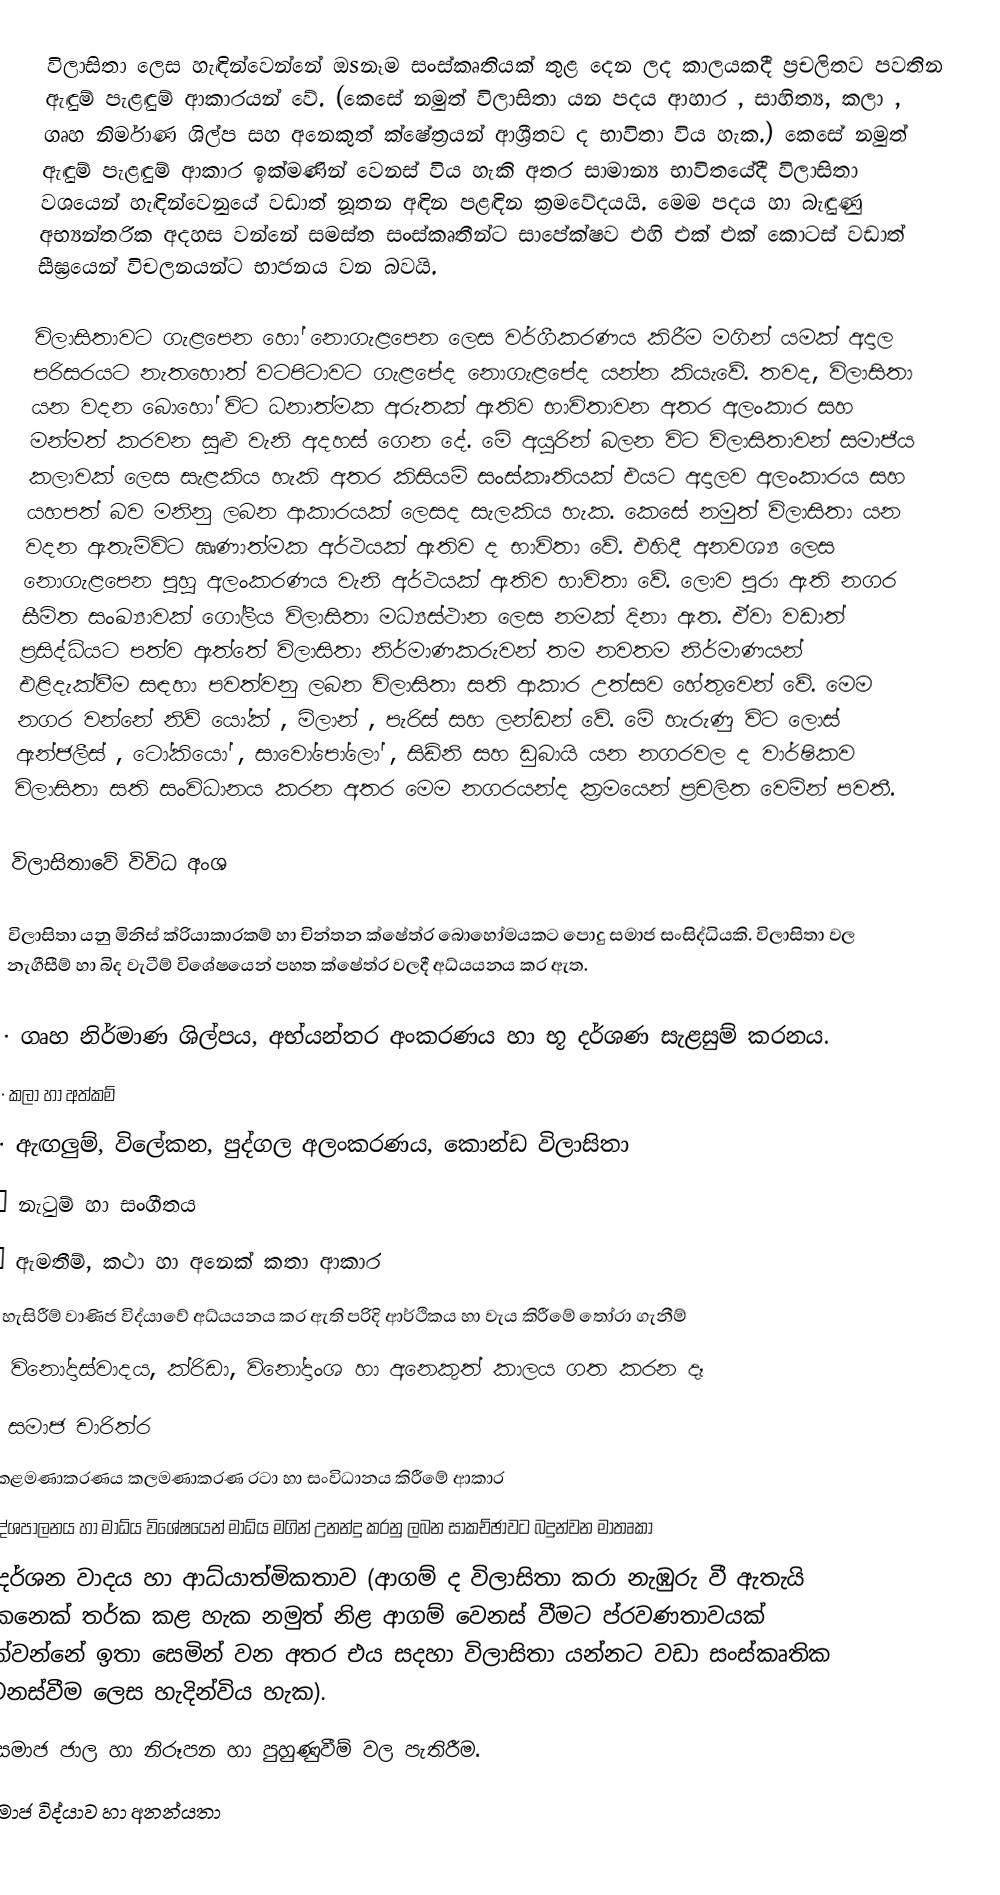
විලාසිතා ලෙස හැඳින්වෙන්නේ ඔsනෑම සංස්කෘතියක් තුළ දෙන ලද කාලයකදී ප්‍රචලිතව පවතින ඇඳුම් පැළඳුම් ආකාරයන් වේ. (කෙසේ නමුත් විලාසිතා යන පදය ආහාර , සාහිත්‍ය, කලා , ගෘහ නිර්මාණ ශිල්ප සහ අනෙකුත් ක්ෂේත්‍රයන් ආශ්‍රීතව ද භාවිතා විය හැක.) කෙසේ නමුත් ඇඳුම් පැළඳුම් ආකාර ඉක්මණින් වෙනස් විය හැකි අතර සාමාන්‍ය භාවිතයේදී විලාසිතා වශයෙන් හැඳින්වෙනුයේ වඩාත් නූතන අඳින පළඳින ක්‍රමවේදයයි. මෙම පදය හා බැඳුණු අභ්‍යන්තරික අදහස වන්නේ සමස්ත සංස්කෘතීන්ට සාපේක්ෂව එහි එක් එක් කොටස් වඩාත් සීඝ්‍රයෙන් විචලනයන්ට භාජනය වන බවයි.

විලාසිතාවට ගැළපෙන හෝ නොගැළපෙන ලෙස වර්ගීකරණය කිරීම මගින් යමක් අදාල පරිසරයට නැතහොත් වටපිටාවට ගැළපේද නොගැළපේද යන්න කියැවේ.  තවද, විලාසිතා යන වදන බොහෝ විට ධනාත්මක අරුතක් ඇතිව භාවිතාවන අතර අලංකාර සහ මන්මත් කරවන සුළු වැනි අදහස් ගෙන දේ. මේ අයුරින් බලන විට විලාසිතාවන් සමාජීය කලාවක් ලෙස සැළකිය හැකි අතර කිසියම් සංස්කෘතියක් එයට අදාලව අලංකාරය සහ යහපත් බව මනිනු ලබන ආකාරයක් ලෙසද සැලකිය හැක. කෙසේ නමුත් විලාසිතා යන වදන ඇතැම්විට ඍණාත්මක අර්ථයක් ඇතිව ද භාවිතා වේ. එහිදී අනවශ්‍ය ලෙස නොගැළපෙන පුහු අලංකරණය වැනි අර්ථයක් ඇතිව භාවිතා වේ. ලොව පුරා ඇති නගර සීමිත සංඛ්‍යාවක් ගෝලීය විලාසිතා මධ්‍යස්ථාන ලෙස නමක් දිනා ඇත. ඒවා වඩාත් ප්‍රසිද්ධියට පත්ව ඇත්තේ විලාසිතා නිර්මාණකරුවන් තම නවතම නිර්මාණයන් එළිදැක්වීම සඳහා පවත්වනු ලබන විලාසිතා සති ආකාර උත්සව හේතුවෙන් වේ. මෙම නගර වන්නේ නිව් යෝක් , මිලාන් , පැරිස් සහ ලන්ඩන් වේ. මේ හැරුණු විට ලොස් ඇන්ජලීස් , ටෝකියෝ , සාවෝපෝලෝ , සිඩ්නි සහ ඩුබායි යන නගරවල ද වාර්ෂිකව විලාසිතා සති සංවිධානය කරන අතර මෙම නගරයන්ද ක්‍රමයෙන් ප්‍රචලිත වෙමින් පවතී.

විලාසිතාවේ විවිධ අංශ

විලාසිතා යනු මිනිස් ක්රියාකාරකම් හා චින්තන ක්ෂේත්ර බොහෝමයකට පොදු සමාජ සංසිද්ධියකි. විලාසිතා වල නැගීසීම් හා බිද වැටීම් විශේෂයෙන් පහත ක්ෂේත්ර වලදී අධ්යයනය කර ඇත.

·	ගෘහ නිර්මාණ ශිල්පය, අභ්යන්තර අංකරණය හා භූ දර්ශණ සැළසුම් කරනය.
·	කලා හා අත්කම්
·	ඇඟලුම්, විලේකන, පුද්ගල අලංකරණය, කොන්ඩ විලාසිතා
·	නැටුම් හා සංගීතය
·	ඇමතීම්, කථා හා අනෙක් කතා ආකාර
·	හැසිරීම් වාණිජ විද්යාවේ අධ්යයනය කර ඇති පරිදි ආර්ථිකය හා වැය කිරීමේ තෝරා ගැනීම්
·	විනෝදාස්වාදය, ක්රිඩා, විනෝදාංශ හා අනෙකුත් කාලය ගත කරන දෑ
·	සමාජ චාරිත්ර
·	කළමණාකරණය කලමණාකරණ රටා හා සංවිධානය කිරීමේ ආකාර
·	දේශපාලනය හා මාධ්ය විශේෂයෙන් මාධ්ය මගින් උනන්දු කරනු ලබන සාකච්ඡාවට බදුන්වන මාතෘකා
·	දර්ශන වාදය හා ආධ්යාත්මිකතාව (ආගම් ද විලාසිතා කරා නැඹුරු වී ඇතැයි කෙනෙක් තර්ක කළ හැක නමුත් නිළ ආගම් වෙනස් වීමට ප්රවණතාවයක් දක්වන්නේ ඉතා සෙමින් වන අතර එය සදහා විලාසිතා යන්නට වඩා සංස්කෘතික වෙනස්වීම ලෙස හැදින්විය හැක).
·	සමාජ ජාල හා නිරූපන හා පුහුණුවීම් වල පැතිරීම.
·	සමාජ විද්යාව හා අනන්යතා